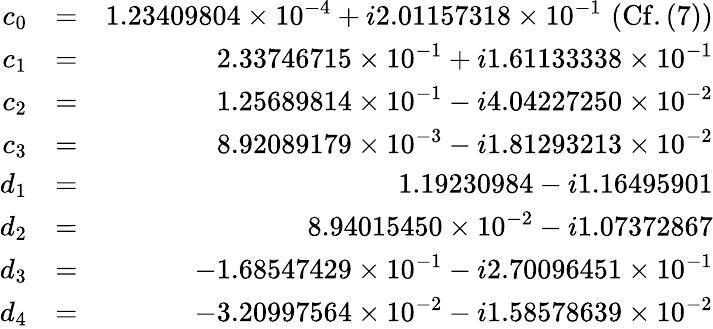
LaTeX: \begin{array}{rlr}{c_{0}}&{=}&{1.23409804\times 10^{-4}+i2.01157318\times 10^{-1}\, \, (\mathrm{Cf.}\, (7))}\\ {c_{1}}&{=}&{2.33746715\times 10^{-1}+i1.61133338\times 10^{-1}}\\ {c_{2}}&{=}&{1.25689814\times 10^{-1}-i4.04227250\times 10^{-2}}\\ {c_{3}}&{=}&{8.92089179\times 10^{-3}-i1.81293213\times 10^{-2}}\\ {d_{1}}&{=}&{1.19230984-i1.16495901}\\ {d_{2}}&{=}&{8.94015450\times 10^{-2}-i1.07372867}\\ {d_{3}}&{=}&{-1.68547429\times 10^{-1}-i2.70096451\times 10^{-1}}\\ {d_{4}}&{=}&{-3.20997564\times 10^{-2}-i1.58578639\times 10^{-2}}\end{array}